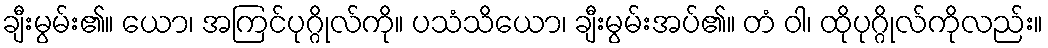
ချီးမွမ်း၏။ ယော၊ အကြင်ပုဂ္ဂိုလ်ကို။ ပသံသိယော၊ ချီးမွမ်းအပ်၏။ တံ ဝါ၊ ထိုပုဂ္ဂိုလ်ကိုလည်း။